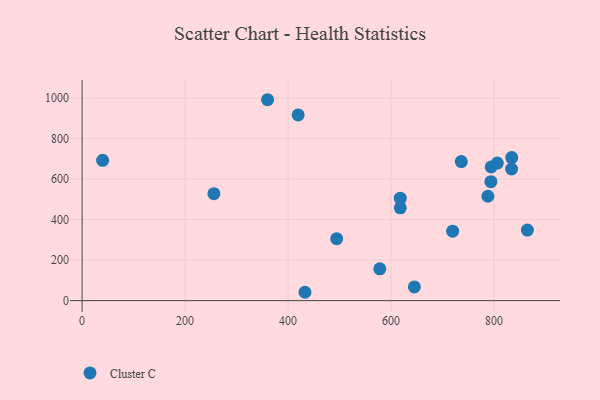
{"axis": {"x": "Ad Spend", "y": "Demand"}, "legend": ["Cluster C"], "data": [{"x": "432.8", "y": 41.3, "type": "Cluster C"}, {"x": "617.9", "y": 505.7, "type": "Cluster C"}, {"x": "719.5", "y": 343.2, "type": "Cluster C"}, {"x": "494.4", "y": 305.9, "type": "Cluster C"}, {"x": "578.1", "y": 157.2, "type": "Cluster C"}, {"x": "360.2", "y": 992.0, "type": "Cluster C"}, {"x": "39.9", "y": 693.0, "type": "Cluster C"}, {"x": "617.9", "y": 458.3, "type": "Cluster C"}, {"x": "834.0", "y": 649.9, "type": "Cluster C"}, {"x": "788.0", "y": 515.5, "type": "Cluster C"}, {"x": "806.3", "y": 679.3, "type": "Cluster C"}, {"x": "793.9", "y": 587.4, "type": "Cluster C"}, {"x": "794.5", "y": 660.3, "type": "Cluster C"}, {"x": "419.6", "y": 917.1, "type": "Cluster C"}, {"x": "736.4", "y": 686.8, "type": "Cluster C"}, {"x": "864.7", "y": 348.3, "type": "Cluster C"}, {"x": "834.3", "y": 706.4, "type": "Cluster C"}, {"x": "256.0", "y": 528.3, "type": "Cluster C"}, {"x": "645.3", "y": 67.9, "type": "Cluster C"}]}